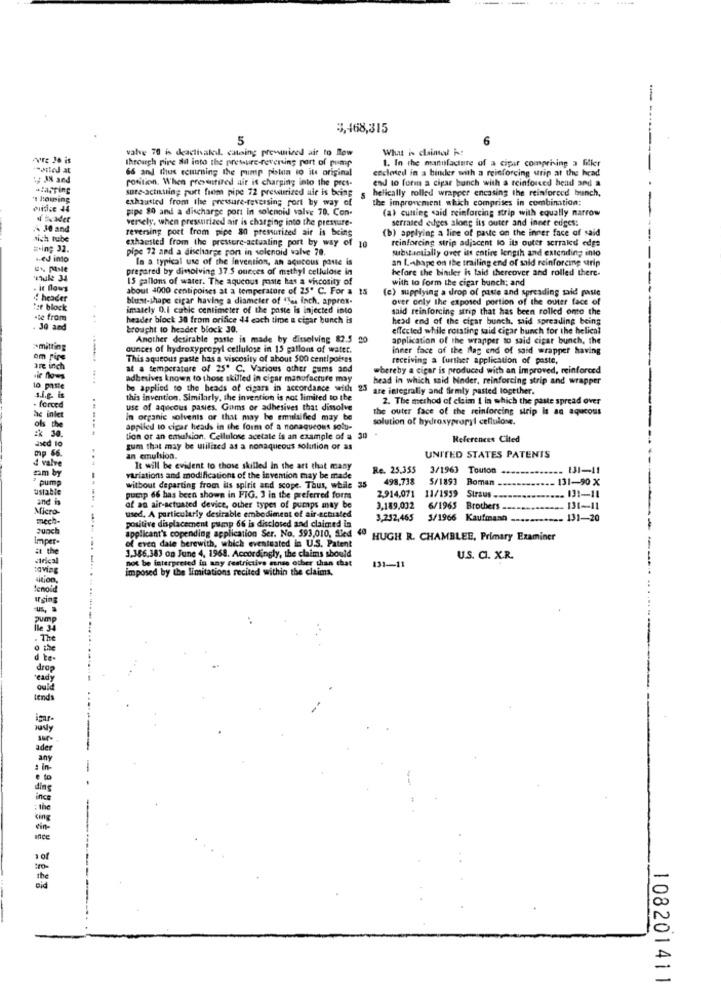
3,468,315
5
6
valve 70 is deactivalol. cataing prevmized air to Row
What is claimed h!
--------
we Jo is
through pire ad into the pressure-reverting port of pump
1. In the manufacture of a cipir comprising a filler
66 and thus cemrning the pimp posun to its original
enclosed in a binder with a reinforcing urip at the head
position. When pressutired ait it charging into the pres-
end to form a cigar bunch with a reinforced head and a
sure-actiusing port from pipe 72 pressurized air is being
helically rolled wrapper encasing the reinforced bunch,
exhausted from the pressure-reversing port by way of
the improvement which comprises in combination;
pipe 80 and a discharge port in solenoid valve 70. Con-
(a) cuning said reinforcing strip with equally narrow
versely, when pressurized air is charging into the pressure-
serrated euges along its outer and inner edges:
30 and
reversing port from pipe 80 pressurized air is being
(b) applying a line of paste on the inner face of said
nich tube
exhausted from the pressure-actualing port by way of 10
reinforcing strip adjacent to its outer serraled edge
a.in; 32.
pipe 72 and a discharge port in solenoid valve 78.
substantially over its entire length and extending into
Hed into
In a typical use of the invention, an acucous poste is
an Lashape on the trailing end of said reinforcing utrip
prepared by dissolving 37.5 ounces of methyl cellulose in
before the biniler is taid thereover and rolled there.
muk 34
15 gallons of water. The aqueous poste has a viscosity of
with to form the cigar bunch; and
. it Blows
about 4000 centipoises at a temperature of 25" C. For a 15
(e) supplying a drop of putte and spreading paid paste
4 header
blust-shape cigar having a diameter of "las inch. approx-
over only the exposed portion of the outer face of
"er block
imately O.i cable centimeter of the paste is injected into
said reinforcing strip that has been rolled onto the
-te from
header block 30 from orifice 44 each time a cigar bunch is
head end of the cigar bunch, said spreading being
Jo and
brought to header block 30.
effected while rotating said cigar bunch for the helical
Another desirable poste is made by dissolving 82.5 20
application of the wrapper to said cigar bunch, the
*melting
ounces of hydroxypropyl cellulose in 15 gallons of water.
inner face of the flag end of said wrapper having
om Fire
This aqueous paste has a viscosity of about 500 centipoires
receiving a further application of paste,
are inch
at a temperature of 25º C. Various other gums and
bereby a cigar is produced with an Improved, reinforced
sie flows
adhesives known to those skilled in cipar manufacture may
head in which said Noder, reinforcing strip and wrapper
lo paste
be applied to the heads of cigars in accordance with 23
are integrally and firmly pasted together.
this invention. Similarly, the invention is not limited to the
2. The method of claim I in which the paste spread over
- forced
use of aqueous pasies. Gums or adhesives that dissolve
the outer face of the reinforcing strip Is an aqueous
ac inlet
in organic solvents or that may be emulsified may be
solution of hydroxypropyl cellulose.
appifed to cipar heads in the form of a nonaqueous solu-
ased to
tion or an emulsion. Cellulose acetate is an example of a 30
References Cited
mp 66.
gum that may be utilized as a nonaqueous solution or as
4 valve
an emulsion.
UNITED STATES PATENTS
It will be evident to those skilled In the art that many
Re. 25.355
3/1963 Touton
. 131-11
zam by
variations and modifications of the invention may be made
498.738
5/1893 Boman
131-90 X
" pump
unable
without departing from its spirit and scope. Thus, while 35
2,914.071 11/1559
and in
pump 66 has been shown in FIG. 3 in the preferred form
Straus -..........
.. 131-11
Micro-
of an air-actuated device, other types of pumps may be
3,189,032
6/1965
Brothers -
131-11
mech
used, A particularly desirable embodiment of air-actuated
3,252,465
3/1966 Kaufmann ----------- 131-20
Suoch
positive displacement pump 66 is disclosed sad claimed in
applicant's copending application Ser. No. 593,010, Sied 40
Imper-
HUGH R. CHAMBLEE, Primary Examiner
of even date berewith, which eventusted in U.S. Patent
3.386,383 on June 4, 1968. Accordingly, the claims should
strkcal
131-11
U.S. C. X.R.
imposed by the limitations recited within the claims,
not be interpreted in any restrictive sense other than that
sition
urging
108201411